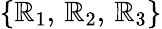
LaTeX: \{ \mathbb{R}_{1},\, \mathbb{R}_{2},\, \mathbb{R}_{3}\}